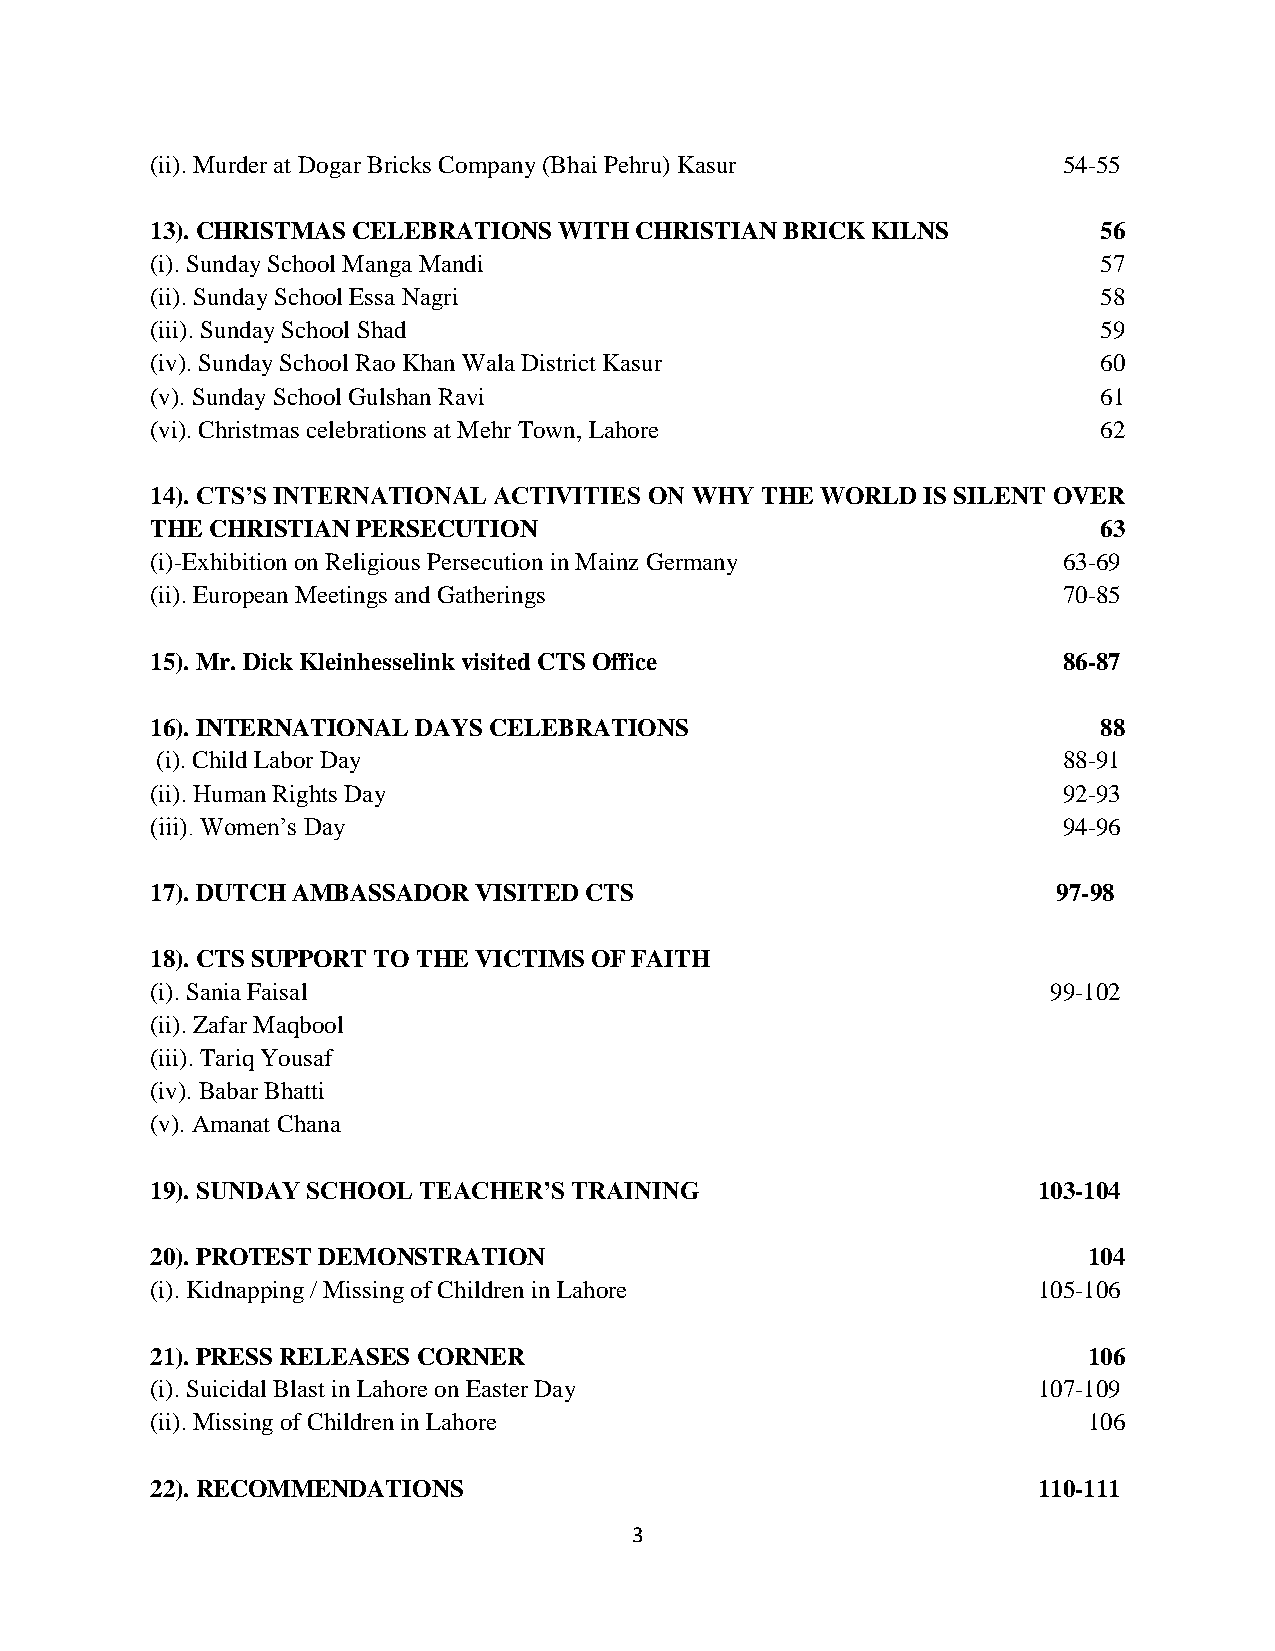
(ii). Murder at Dogar Bricks Company (Bhai Pehru) Kasur     54-55
 13). CHRISTMAS CELEBRATIONS WITH CHRISTIAN BRICK KILNS         56
 (i). Sunday School Manga Mandi                                 57
 (ii). Sunday School Essa Nagri                                 58
 (iii). Sunday School Shad                                      59
 (iv). Sunday School Rao Khan Wala District Kasur               60
 (v). Sunday School Gulshan Ravi                                61
 (vi). Christmas celebrations at Mehr Town, Lahore              62
 14). CTS’S INTERNATIONAL ACTIVITIES ON WHY THE WORLD IS SILENT OVER
 THE CHRISTIAN PERSECUTION                                      63
 (i)-Exhibition on Religious Persecution in Mainz Germany    63-69
 (ii). European Meetings and Gatherings                      70-85
 15). Mr. Dick Kleinhesselink visited CTS Office             86-87
 16). INTERNATIONAL DAYS CELEBRATIONS                           88
 (i). Child Labor Day                                        88-91
 (ii). Human Rights Day                                      92-93
 (iii). Women’s Day                                          94-96
 17). DUTCH AMBASSADOR VISITED CTS                           97-98
 18). CTS SUPPORT TO THE VICTIMS OF FAITH
 (i). Sania Faisal                                           99-102
 (ii). Zafar Maqbool
 (iii). Tariq Yousaf
 (iv). Babar Bhatti
 (v). Amanat Chana
 19). SUNDAY SCHOOL TEACHER’S TRAINING                      103-104
 20). PROTEST DEMONSTRATION                                    104
 (i). Kidnapping / Missing of Children in Lahore            105-106
 21). PRESS RELEASES CORNER                                    106
 (i). Suicidal Blast in Lahore on Easter Day                107-109
 (ii). Missing of Children in Lahore                           106
 22). RECOMMENDATIONS                                       110-111
 3